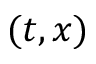
( t , x )